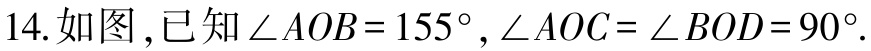
14. 如图，已知\(\angle AOB = 155^{\circ}, \angle AOC = \angle BOD = 90^{\circ}\).